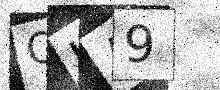
Text: OUA9